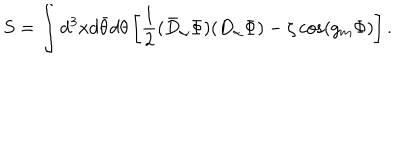
LaTeX: S = \int d ^ { 3 } x d \bar { \theta } d \theta \left[ \frac 1 2 ( \bar { D } _ { \alpha } \Phi ) ( D _ { \alpha } \Phi ) - \zeta \cos \left( g _ { m } \Phi \right) \right] .